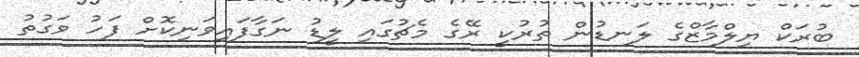
ބުރަކް ޔިލްމާޒްގެ ލަނޑުން ތުރުކީ ރޭގެ މެޗުގައި ލީޑު ނަގާފައިވަނިކޮށް ފަހު ވަގުތު